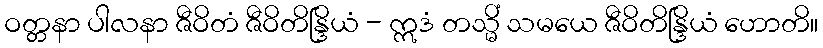
ဝတ္တနာ ပါလနာ ဇီဝိတံ ဇီဝိတိန္ဒြိယံ - ဣဒံ တသ္မိံ သမယေ ဇီဝိတိန္ဒြိယံ ဟောတိ။